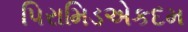
પિરામિડએકદમ